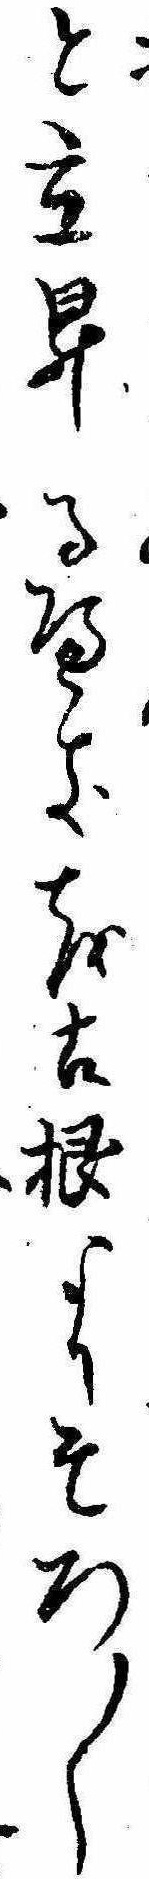
と立昇るへきを古根よりそろ〱